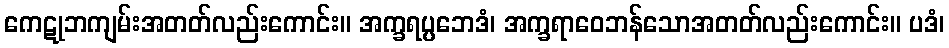
ကေဋုဘကျမ်းအတတ်လည်းကောင်း။ အက္ခရပ္ပဘေဒံ၊ အက္ခရာဝေဘန်သောအတတ်လည်းကောင်း။ ပဒံ၊